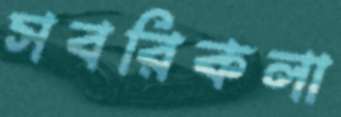
সবরিকলা